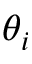
\theta _ { i }